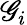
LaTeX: \mathscr{G}_{i}